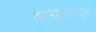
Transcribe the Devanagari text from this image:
कम्यूनमधून